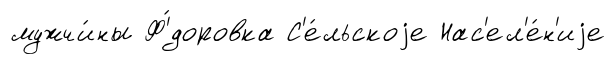
мужчи́ны Ф'́доровка С'е́льскоjе Нас'ел'е́н'иjе